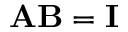
\mathbf { A B } = \mathbf { I }